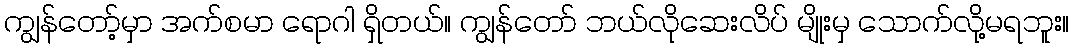
ကျွန်တော့်မှာ အက်စမာ ရောဂါ ရှိတယ်။ ကျွန်တော် ဘယ်လိုဆေးလိပ် မျိုးမှ သောက်လို့မရဘူး။